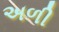
અળી